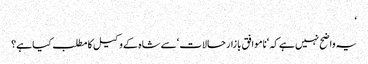
‘
یہ واضح نہیں ہے کہ ‘ناموافق بازار حالات ‘سے شاہ کے وکیل کا مطلب کیا ہے؟